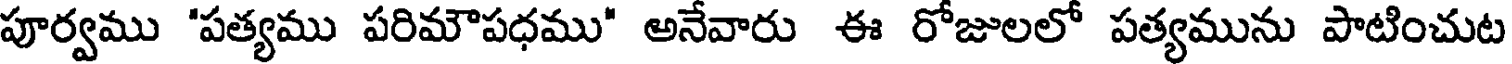
పూర్వము 'పత్యము పరిమౌపధము" అనేవారు ఈ రోజులలో పత్యమును పాటించుట